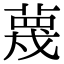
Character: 蔑